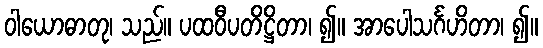
ဝါယောဓာတု၊ သည်။ ပထဝီပတိဋ္ဌိတာ၊ ၍။ အာပေါသင်္ဂဟိတာ၊ ၍။